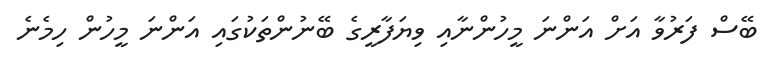
ބޭސް ފަރުވާ އަށް އަންނަ މީހުންނާއި ވިޔަފާރީގެ ބޭނުންތަކުގައި އަންނަ މީހުން ހިމެނެ